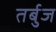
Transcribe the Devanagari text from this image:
तर्बुज